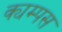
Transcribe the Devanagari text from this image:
क्यम्पस